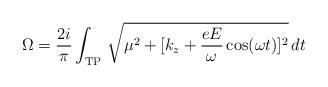
LaTeX: \begin{align*}\Omega=\frac{2i}{\pi}\int_{\rm TP}\, \sqrt{ \mu^2+[k_z+\frac{eE}{\omega}\cos(\omega t)]^2} \, dt\end{align*}